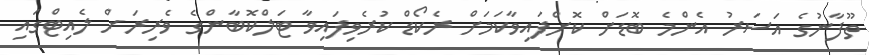
ތޫފާނުގެ އަސަރު އެންމެ ބޮޑަށް ކޮށްފައިވާކަމަށް ރެކޯޑް ކުރެވިފައިވާ ޓަލްކޮބާންގެ ވެރިރަށް ލެއިޓްގައި